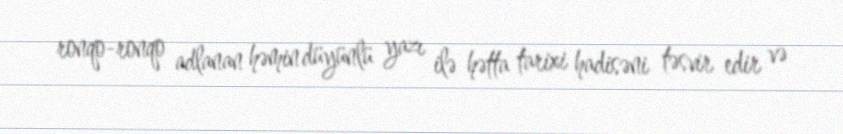
ronqo-ronqo adlanan həmin düyünlü yazı ilə hətta tarixi hadisəni təsvir edir və